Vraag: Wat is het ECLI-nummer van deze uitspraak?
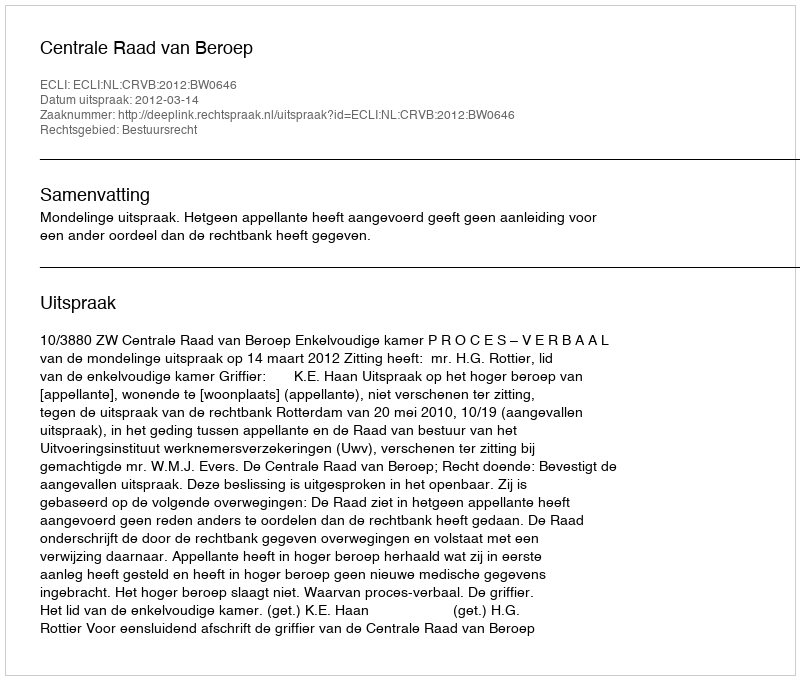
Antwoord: ECLI:NL:CRVB:2012:BW0646